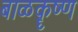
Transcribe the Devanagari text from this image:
बाळक़ॄष्‍ण